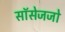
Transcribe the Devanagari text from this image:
सॉसेजजो